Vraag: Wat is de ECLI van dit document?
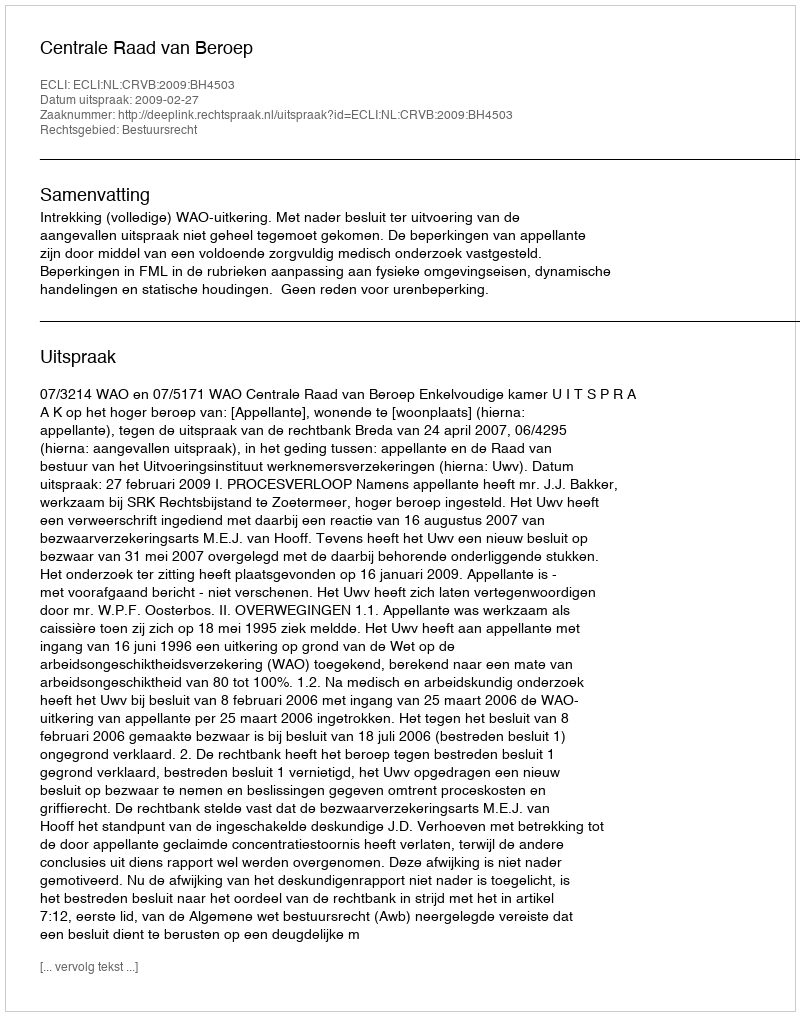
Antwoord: ECLI:NL:CRVB:2009:BH4503